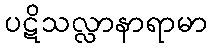
ပဋိသလ္လာနာရာမာ